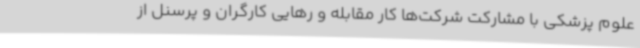
علوم پزشکی با مشارکت شرکت‌ها کار مقابله و رهایی کارگران و پرسنل از